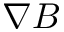
\nabla B